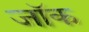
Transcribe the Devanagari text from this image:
जाॅक